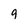
Character: 9